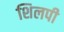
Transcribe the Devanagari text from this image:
शिलपी